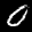
Label: 0